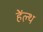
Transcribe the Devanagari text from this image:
हेंल्थ